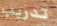
تدريب